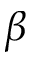
\beta